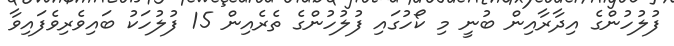
ފުލުހުންގެ އިދާރާއިން ބުނީ މި ކޯހުގައި ފުލުހުންގެ ތެރެއިން 15 ފުލުހަކު ބައިވެރިވެފައިވާ